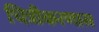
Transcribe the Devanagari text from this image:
चित्रीकरणास